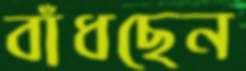
বাঁধছেন